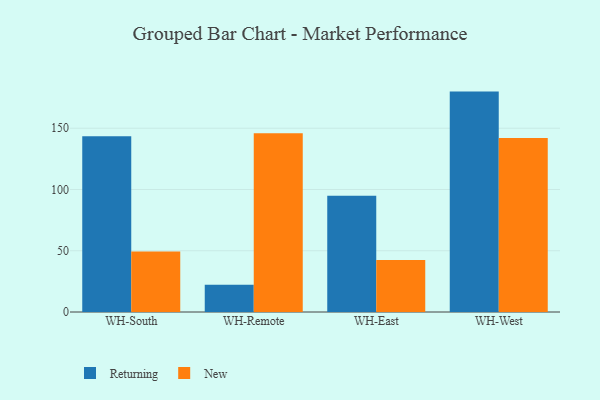
{"axis": {"x": "Warehouse", "y": "Satisfaction Score"}, "legend": ["New", "Returning"], "data": [{"x": "WH-South", "y": 143.4, "type": "Returning"}, {"x": "WH-South", "y": 49.4, "type": "New"}, {"x": "WH-Remote", "y": 22.3, "type": "Returning"}, {"x": "WH-Remote", "y": 146.0, "type": "New"}, {"x": "WH-East", "y": 94.8, "type": "Returning"}, {"x": "WH-East", "y": 42.5, "type": "New"}, {"x": "WH-West", "y": 179.9, "type": "Returning"}, {"x": "WH-West", "y": 142.0, "type": "New"}]}